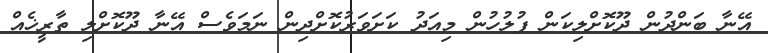
އޭނާ ބަންދުން ދޫކޮށްލިކަން ފުލުހުން މިއަދު ކަށަވަރުކޮށްދިން ނަމަވެސް އޭނާ ދޫކޮށްލި ތާރީޚެއް